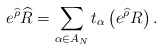
\begin{align*}e^{\widehat{\rho}} \widehat{R} = \sum_{\alpha\in A_N}t_\alpha\left(e^{\widehat{\rho}}R\right).\end{align*}